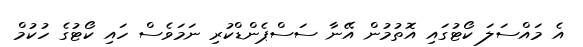
އެ މައްސަލަ ކޯޓުގައި އޮތުމުން އޭނާ ސަސްޕެންޑްކުރި ނަމަވެސް ހައި ކޯޓުގެ ހުކުމް